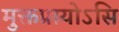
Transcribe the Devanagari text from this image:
मुक्तप्रायोऽसि